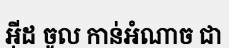
អ៊ីដ ចូល កាន់អំណាច ជា